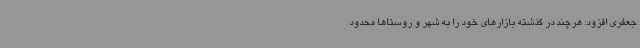
جعفری افزود: هرچند در گذشته بازارهای خود را به شهر و روستاها محدود